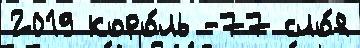
2019 коро́ль -77 сло́я